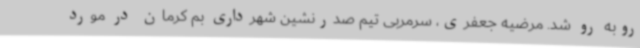
روبه رو شد. مرضیه جعفری، سرمربی تیم صدرنشین شهرداری بم کرمان در مورد